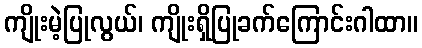
ကျိုးမဲ့ပြုလွယ်၊ ကျိုးရှိပြုခက်ကြောင်းဂါထာ။